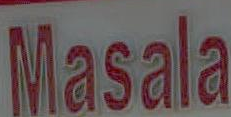
Masala